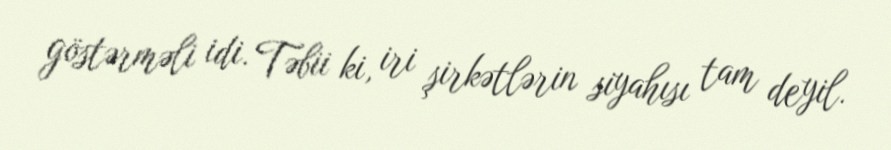
göstərməli idi. Təbii ki, iri şirkətlərin siyahısı tam deyil.